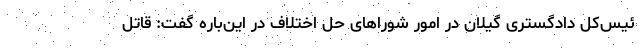
ئیس‌کل دادگستری گیلان در امور شوراهای حل اختلاف در این‌باره گفت: قاتل